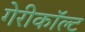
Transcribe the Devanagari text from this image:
गेरीकॉल्ट